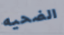
الضحيه